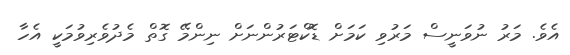
އެވެ. މަރު ނުވަނީސް މަރުވި ކަމަށް ޑޮކްޓަރުންނަށް ނިންމޭ ގޮތް މެދުވެރިވުމަކީ އެހާ